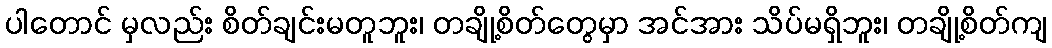
ပါတောင် မှလည်း စိတ်ချင်းမတူဘူး၊ တချို့စိတ်တွေမှာ အင်အား သိပ်မရှိဘူး၊ တချို့စိတ်ကျ